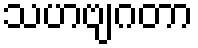
သဟဗျဂတာ